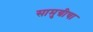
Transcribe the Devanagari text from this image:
सामुग्रीचा